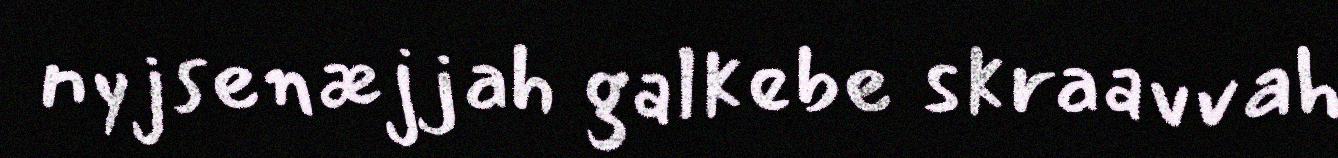
nyjsenæjjah galkebe skraavvah